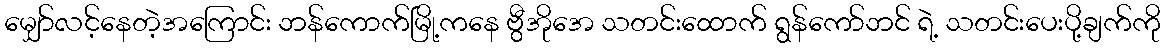
မျှော်လင့်နေတဲ့အကြောင်း ဘန်ကောက်မြို့ကနေ ဗွီအိုအေ သတင်းထောက် ရွန်ကော်ဘင် ရဲ့ သတင်းပေးပို့ချက်ကို